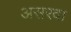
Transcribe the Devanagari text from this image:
असरवा